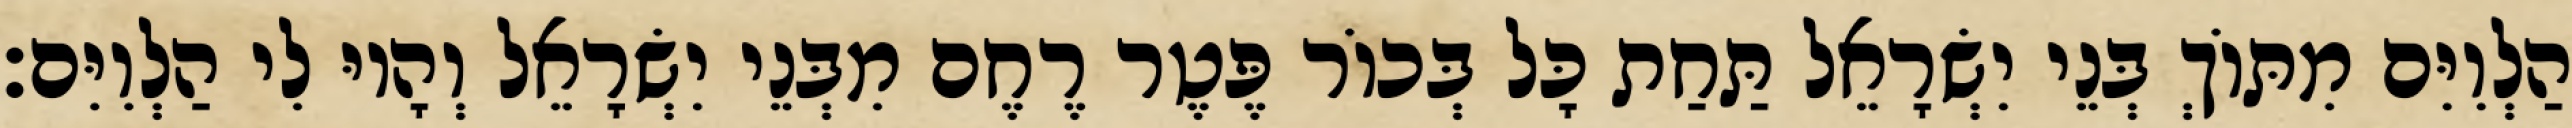
הַלְוִיִּם מִתּוֹךְ בְּנֵי יִשְׂרָאֵל תַּחַת כָּל בְּכוֹר פֶּטֶר רֶחֶם מִבְּנֵי יִשְׂרָאֵל וְהָיוּ לִי הַלְוִיִּם׃